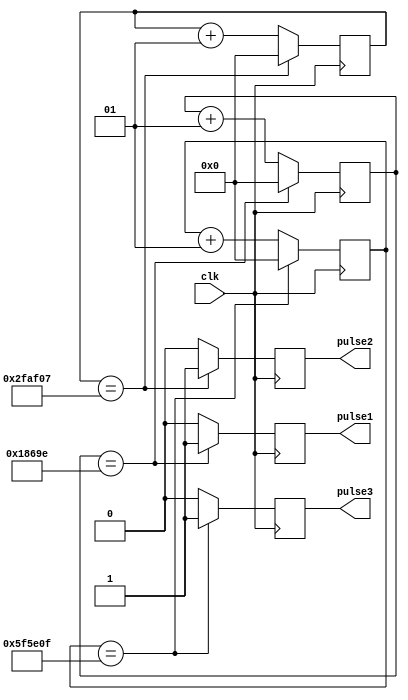
module ena(
    input clk,
    output reg pulse1,
    output reg pulse2,
    output reg pulse3
    
    );//100Mhz clk signal
    integer ii = 0,kk = 0,cc = 0;// set 3 time counting number 
    parameter I = 99999, K = 3125000,C=6250000;//
    always@ (posedge clk)
    begin
        if (ii == I - 1)
        begin 
        ii <= 0; pulse1 <= 1;
        end
        else
        begin 
        ii <= ii+1;pulse1 <= 0;
        end
    end
        always@ (posedge clk)
    begin
        if (kk == K-1)
        begin 
        kk <= 0; pulse2 <= 1;
        end
        else
        begin 
        kk <= kk+1;pulse2<= 0;
        end
    end 
         always@ (posedge clk)
    begin
        if (cc == C-1)
        begin 
        cc <= 0; pulse3 <= 1;
        end
        else
        begin 
        cc <= cc+1;pulse3<= 0;
        end
    end 
endmodule